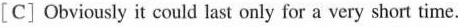
[C] Obviously it could last only for a very short time.